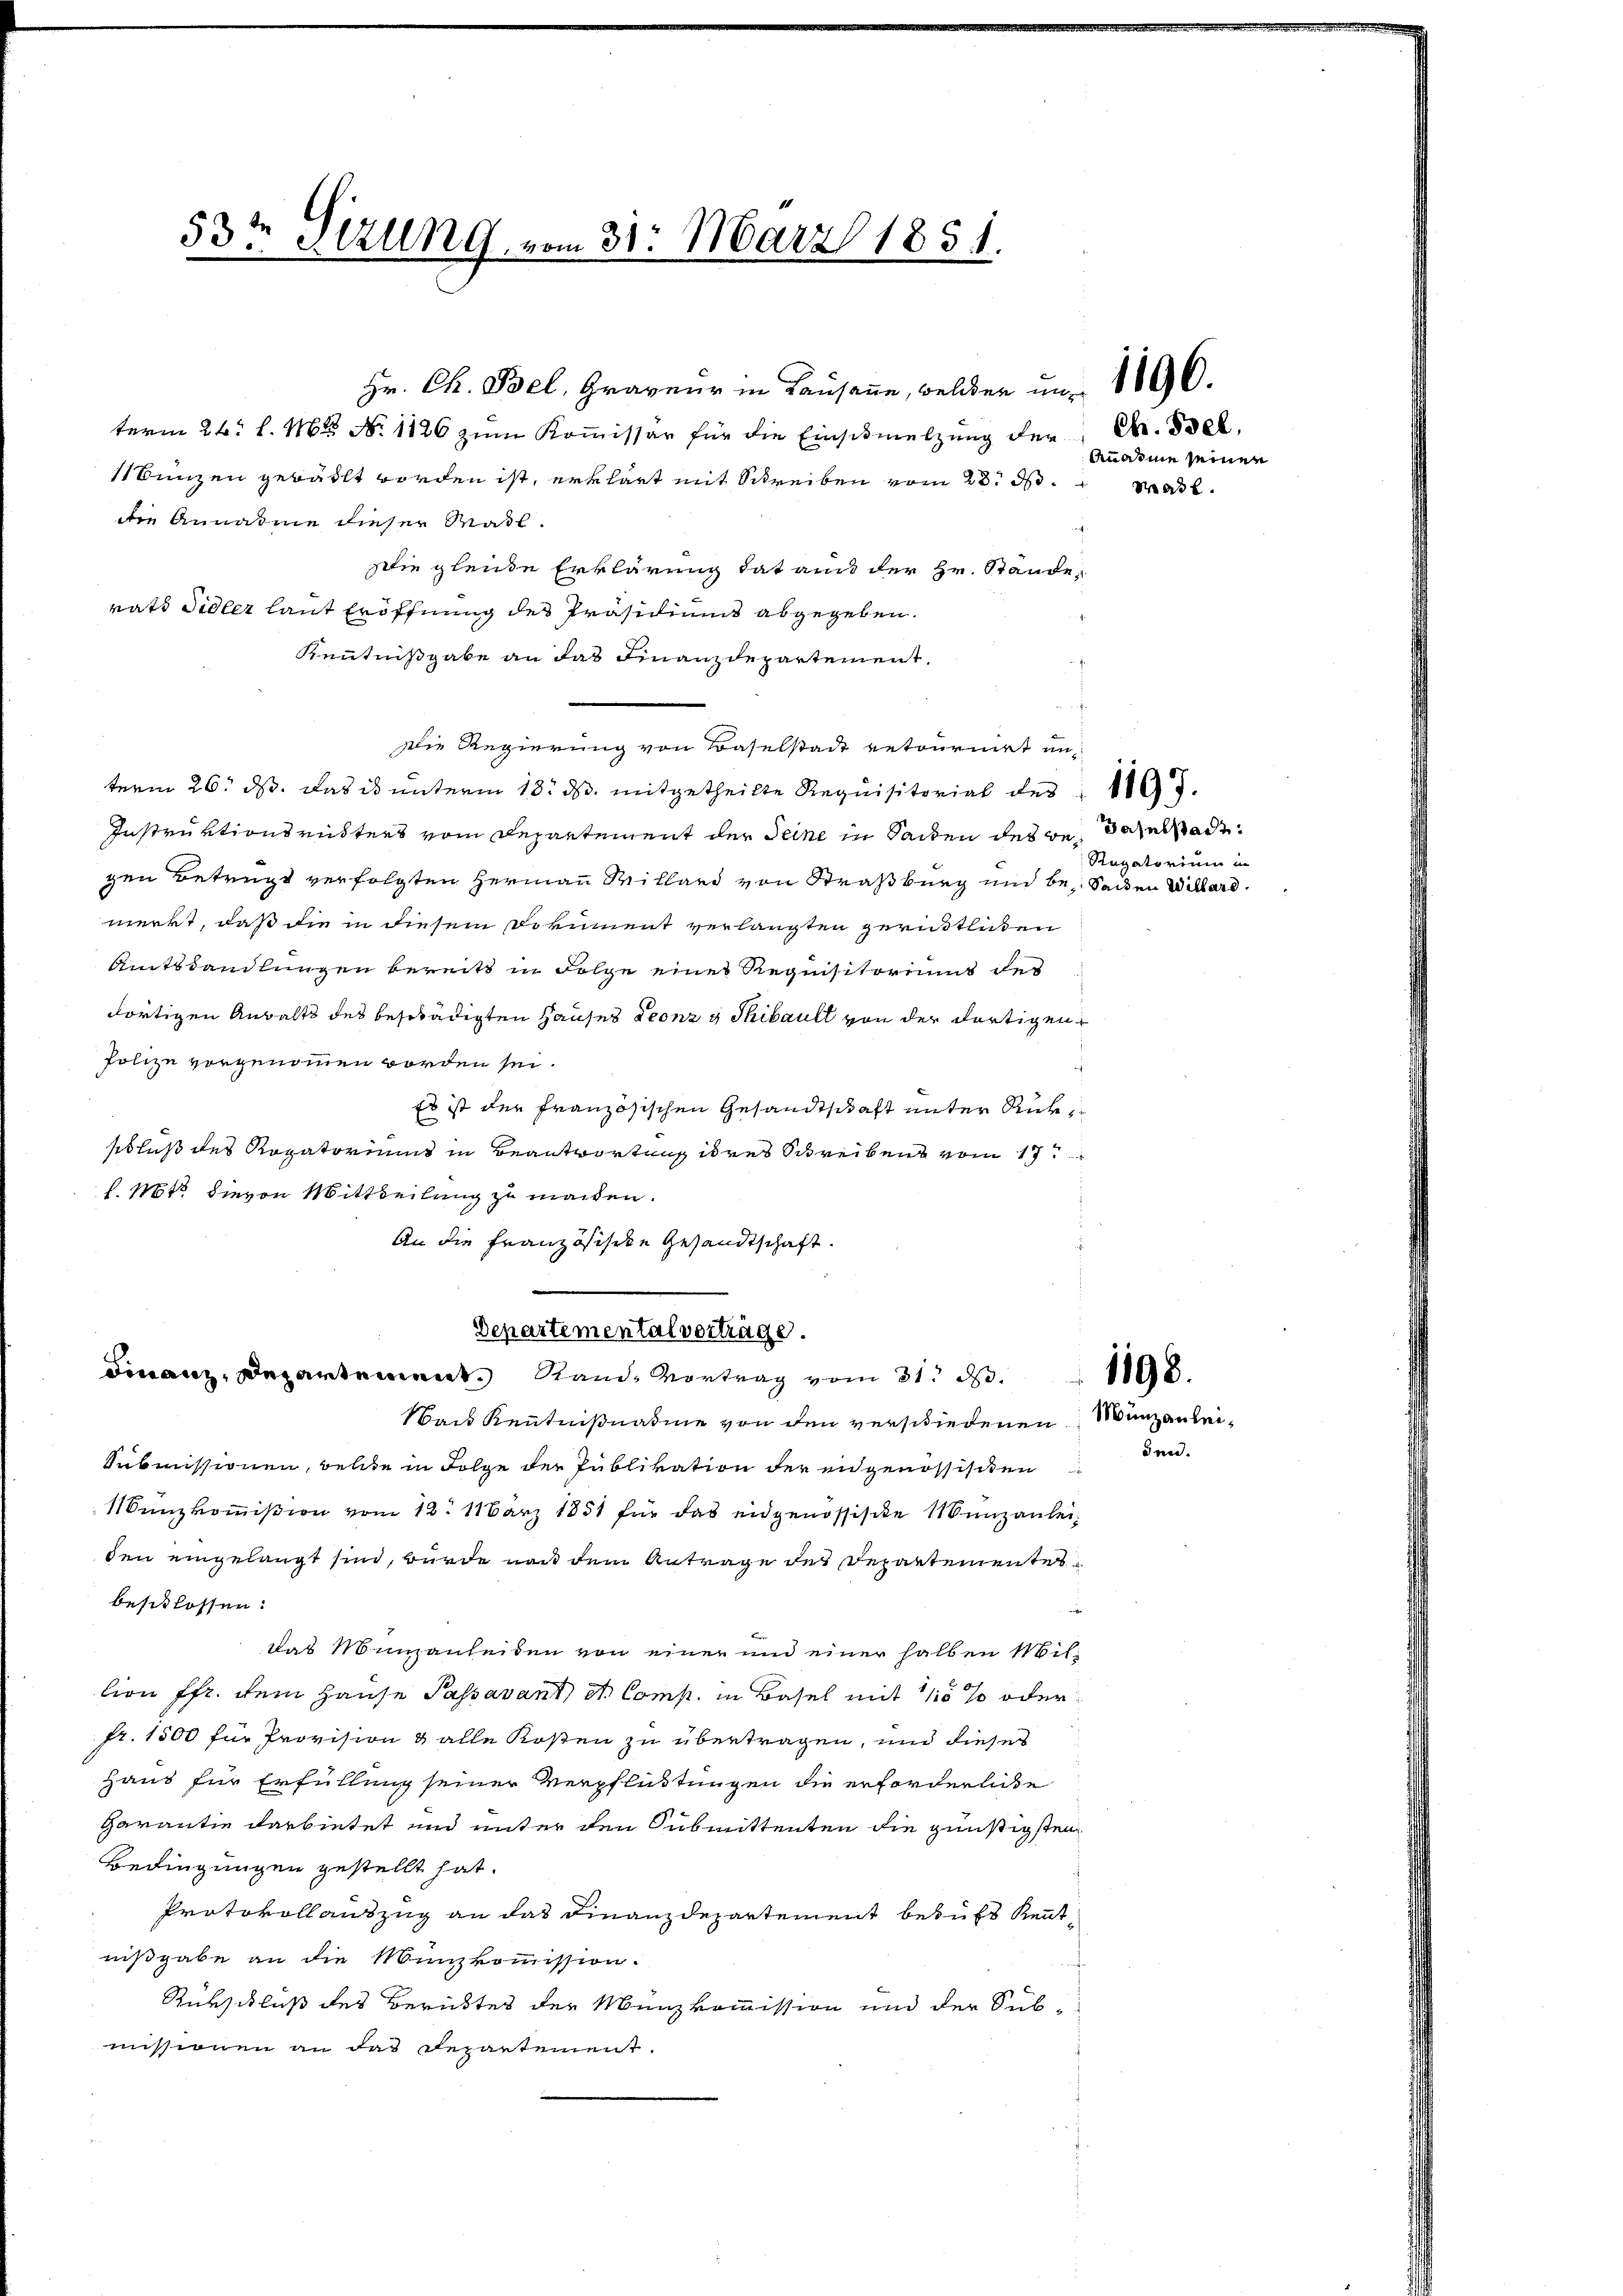
53t Sizung, vom 31. März 1851.

Hr. Ch. Bel, Graveur in Lausanne, welchen um 1890.
term 26. l. M. N. 1126 zum Kommissär für die Einschmelzung der
Bunzen gewächt worden ist, erklärt mit Schreiben vom 28t d. Mad.
die Annahme dieser Maßl.
sie gleiche Erklärung hat aus der Hr. Stände,
rats Sidler laut Eröffnung des Präsidiums abgegeben.
Kenntnißgabe an das Finanzdepartement.
Die Regierung von Baselstadt retournirt unterm 26. ds. das ist unterm 18. ds. mitgetheilte Requisitorial des
Instruktionsrüsters vom Departement der Seine in Saiten des de daselstadtgen Betragt verfolgten Hermann Willard von Straßburg und be- Seiden Willard.
merkt, daß die in diesem Dokument verlangten gerüstlichen
Amtshandlungen bereits in Folge eines Requisitoriums des
dortigen Anwalts des beschädigten Hauses Leonz & Thibaull von der dortigen
Polize vorgenommen worden sei.
Es ist der französischen Gesandtschaft unter Rükschluß des Rogatoriums in Beantwortung ihres Schreibens vom 17.
l. Mts. hievon Mittheilung zu machen.
An die Französische Gesandtschaft.

Departemental vorträge.
Finanz, Departement. Stand, Vortrag vom 31. d.

Nach Kenntnißnahme von den verschiedenen Manzanlei¬
Submissionen, welche in Folge der Publikation der engenossisiten
11 Tanzkommißion vom 12. 11ärz 1851 für das eidgenössische Munzanleiden eingelangt sind, wurde nach dem Antrage des Departementer
beschlossen:
das Munzanleiden von einer und einer halben Million fr. dem Hause Passavant, et Comp. in Basel mit 11 % oder
fr. 1500 für Provision & alle Rosen zu übertragen, und dieses
Haus für Erfüllung seiner Verpfliktungen die erforderliche
Garantie darbietet und unter den Submittenten die günstigsten
Bedingungen gestellt hat.
Protokollauszug an das Finanzdepartement behufs Kenntnißgabe an die Münzkommission.
Rürschluß des Berichtes der Münzkommission und der Sub-
missionen an das Departement.

Chr. Biel,
Anahme seinen

i

Rugatorium in

1197.

1198.
den.